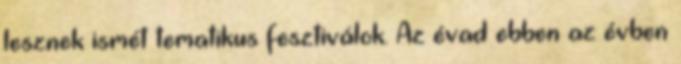
lesznek ismét tematikus fesztiválok. Az évad ebben az évben